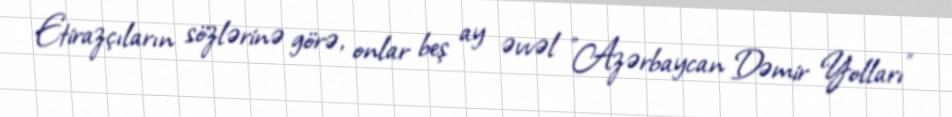
Etirazçıların sözlərinə görə, onlar beş ay əvvəl "Azərbaycan Dəmir Yolları"